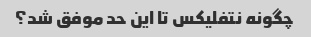
چگونه نتفلیکس تا این حد موفق شد؟